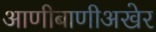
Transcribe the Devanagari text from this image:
आणीबाणीअखेर